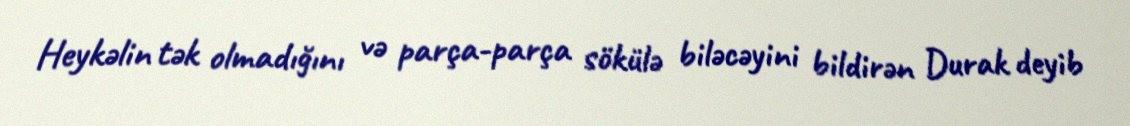
Heykəlin tək olmadığını və parça-parça sökülə biləcəyini bildirən Durak deyib